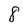
Character: 8